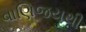
વાણિજયથી